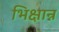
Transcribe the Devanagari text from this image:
भिक्षान्न